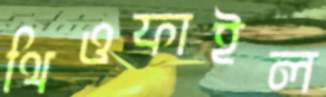
থিওফাইল